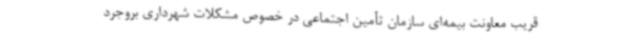
قریب معاونت بیمه‌ای سازمان تأمین اجتماعی در خصوص مشکلات شهرداری بروجرد